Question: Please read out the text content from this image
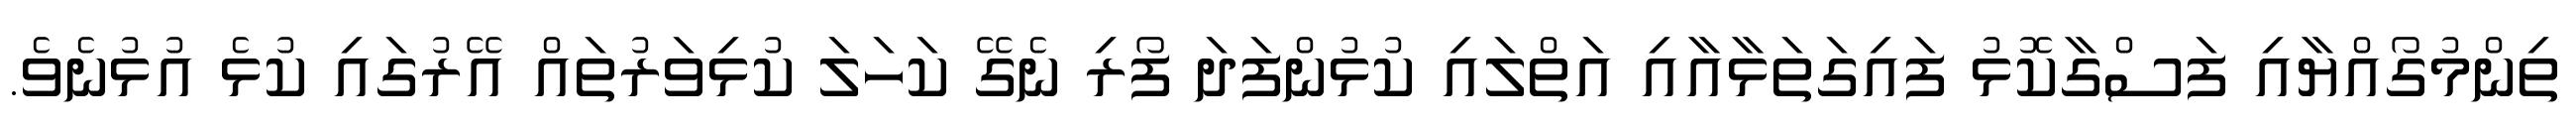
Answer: ތިންމުގޯއްޔާއި ފަސްގާކޮޅު ފައިގަތަޅާއާއި އަތްލައި ކުޅުންފަދަ ފޯރި ނެގޭ ކަހަލަ ކުޅިވަރުތައް އޭރުގައި ކުޅެ އުޅުނެވެ.